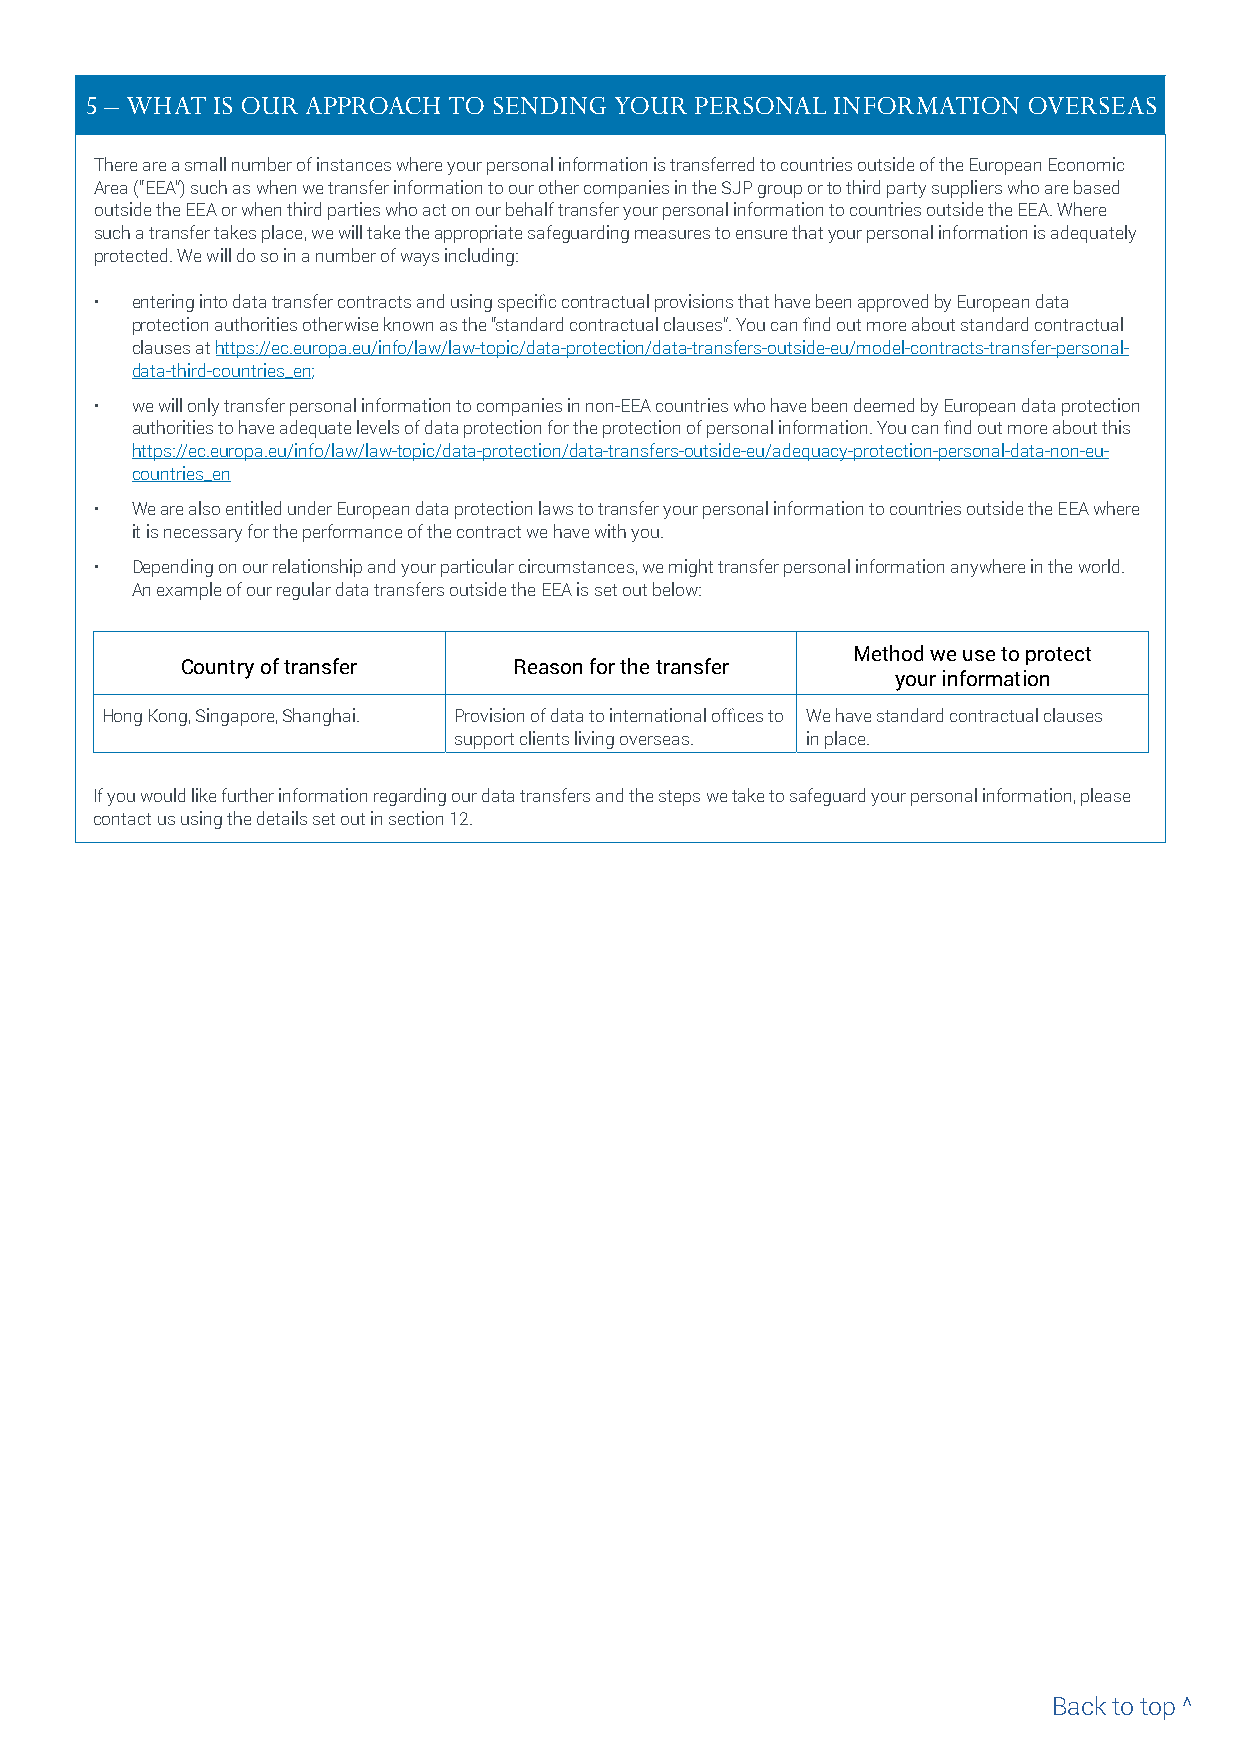
5 – WHAT IS OUR APPROACH TO SENDING YOUR PERSONAL INFORMATION OVERSEAS
 There are a small number of instances where your personal information is transferred to countries outside of the European Economic
 Area (“EEA”) such as when we transfer information to our other companies in the SJP group or to third party suppliers who are based
 outside the EEA or when third parties who act on our behalf transfer your personal information to countries outside the EEA. Where
 such a transfer takes place, we will take the appropriate safeguarding measures to ensure that your personal information is adequately
 protected. We will do so in a number of ways including:
 •  entering into data transfer contracts and using specific contractual provisions that have been approved by European data
 protection authorities otherwise known as the “standard contractual clauses”. You can find out more about standard contractual
 clauses at https://ec.europa.eu/info/law/law-topic/data-protection/data-transfers-outside-eu/model-contracts-transfer-personal-
 data-third-countries_en;
 •  we will only transfer personal information to companies in non-EEA countries who have been deemed by European data protection
 authorities to have adequate levels of data protection for the protection of personal information. You can find out more about this
 https://ec.europa.eu/info/law/law-topic/data-protection/data-transfers-outside-eu/adequacy-protection-personal-data-non-eu-
 countries_en
 •  We are also entitled under European data protection laws to transfer your personal information to countries outside the EEA where
 it is necessary for the performance of the contract we have with you.
 •  Depending on our relationship and your particular circumstances, we might transfer personal information anywhere in the world.
 An example of our regular data transfers outside the EEA is set out below:
 Method we use to protect
 Country of transfer   Reason for the transfer
 your information
 Hong Kong, Singapore, Shanghai. Provision of data to international offices to We have standard contractual clauses
 support clients living overseas. in place.
 If you would like further information regarding our data transfers and the steps we take to safeguard your personal information, please
 contact us using the details set out in section 12.
 Back to top ^